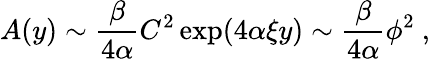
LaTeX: A(y)\sim{\frac{\beta}{4\alpha}}C^{2}\exp(4\alpha\xi y)\sim{\frac{\beta}{4\alpha}}\phi^{2}~,